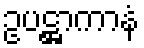
ဥပဋ္ဌာကာနံ